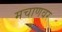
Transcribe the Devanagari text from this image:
मचाणवर